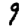
Digit: 9